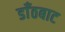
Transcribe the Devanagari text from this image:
डाँठबाट